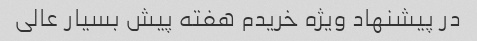
در پیشنهاد ویژه خریدم هفته پیش بسیار عالی